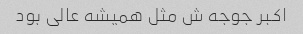
اکبر جوجه ش مثل همیشه عالی بود